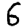
Digit: 6